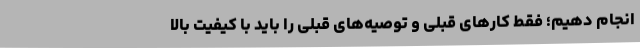
انجام دهیم؛ فقط کارهای قبلی و توصیه‌های قبلی را باید با کیفیت بالا